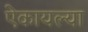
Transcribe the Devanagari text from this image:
ऐकायल्या